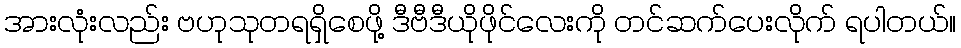
အားလုံးလည်း ဗဟုသုတရရှိစေဖို့ ဒီဗီဒီယိုဖိုင်လေးကို တင်ဆက်ပေးလိုက် ရပါတယ်။